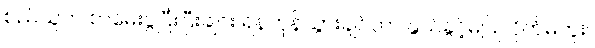
စည်သူက စာမေးပွဲပြီးပြီးချင်း ရန်ကုန်သွားချင်တာ နွယ်ခွင့်မပြုလိုက်မိဘူး။